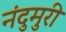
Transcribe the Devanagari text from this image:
नंदुमुरी